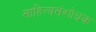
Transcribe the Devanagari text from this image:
साहित्यसंशोधक